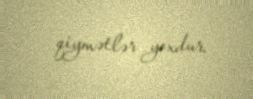
qiymətlər yoxdur.